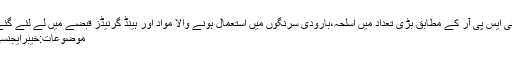
آئی ایس پی آر کے مطابق بڑی تعداد میں اسلحہ،بارودی سرنگوں میں استعمال ہونے والا مواد اور ہینڈ گرنیڈز قبضے میں لے لئے گئے
موضوعات:خیبرایجنسی